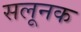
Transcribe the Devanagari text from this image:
सलूनक